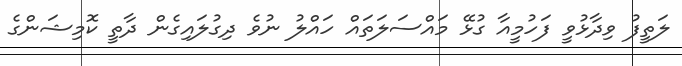
ލަތީފު ވިދާޅުވީ ފަހުމީއާ ގުޅޭ މައްސަލަތައް ހައްލު ނުވެ ދިގުލައިގެން ދާތީ ކޮމިޝަންގެ